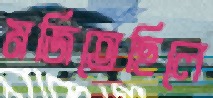
মজিতেছিলে